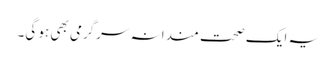
یہ ایک صحت مندانہ سرگرمی بھی ہو گی۔